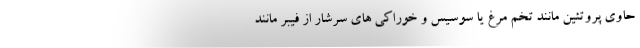
حاوی پروتئین مانند تخم مرغ یا سوسیس و خوراکی های سرشار از فیبر مانند